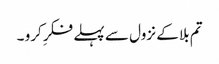
تم بلا کے نزول سے پہلے فکرِ کرو ۔